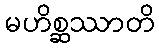
မဟိစ္ဆဿာတိ